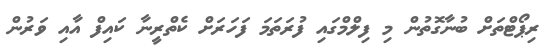
ރިޕޯޓްތަށް ބުނާގޮތުން މި ފިލްމްގައި ފުރަތަމަ ފަހަރަށް ކެތްރީނާ ކައިފް އާއި ވަރުން